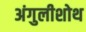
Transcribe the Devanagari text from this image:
अंगुलीशोथ